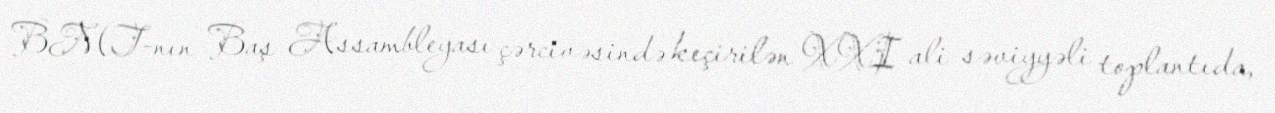
BMT-nın Baş Assambleyası çərcivəsində keçirilən XXI ali səviyyəli toplantıda,